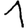
Digit: 1